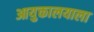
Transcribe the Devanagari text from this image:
आयुक्तालयाला